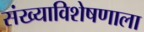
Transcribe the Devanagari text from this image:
संख्याविशेषणाला